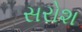
સરોશ